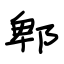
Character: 郫